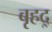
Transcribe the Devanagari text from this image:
बृहद्‌